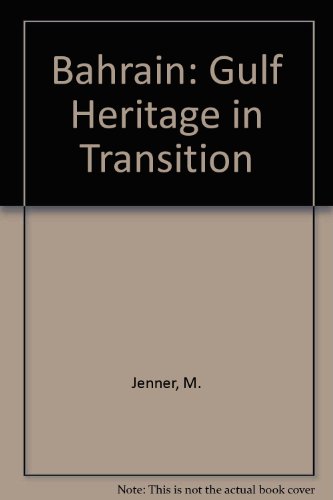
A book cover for Bahrain: Gulf Heritage in Transition; Michael Jenner; History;